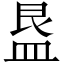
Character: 𭾁